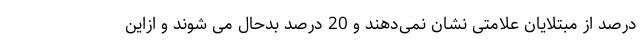
درصد از مبتلایان علامتی نشان نمی‌دهند و 20 درصد بد‌حال می شوند و ازاین